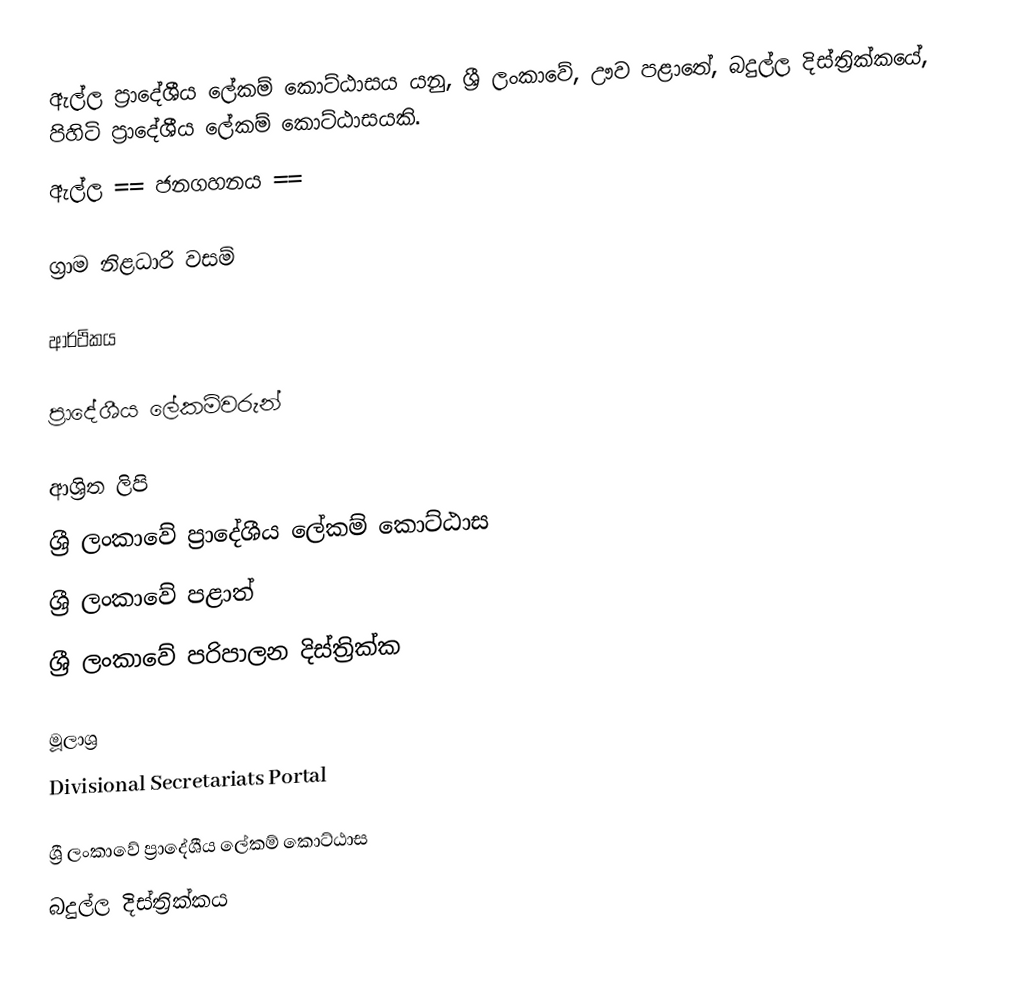
ඇල්ල ප්‍රාදේශීය ලේකම් කොට්ඨාසය යනු,  ශ්‍රී ලංකාවේ, ඌව පළාතේ,   බදුල්ල දිස්ත්‍රික්කයේ, පිහිටි ප්‍රාදේශීය ලේකම් කොට්ඨාසයකි.
ඇල්ල == ජනගහනය ==

ග්‍රාම නිළධාරි වසම්

ආර්ථිකය

ප්‍රාදේශීය ලේකම්වරුන්

ආශ්‍රිත ලිපි
ශ්‍රී ලංකාවේ ප්‍රාදේශීය ලේකම් කොට්ඨාස
ශ්‍රී ලංකාවේ පළාත්
ශ්‍රී ලංකාවේ පරිපාලන දිස්ත්‍රික්ක

මූලාශ්‍ර
 Divisional Secretariats Portal

ශ්‍රී ලංකාවේ ප්‍රාදේශීය ලේකම් කොට්ඨාස
බදුල්ල දිස්ත්‍රික්කය